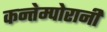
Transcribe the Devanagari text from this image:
कन्तेम्पोरानी